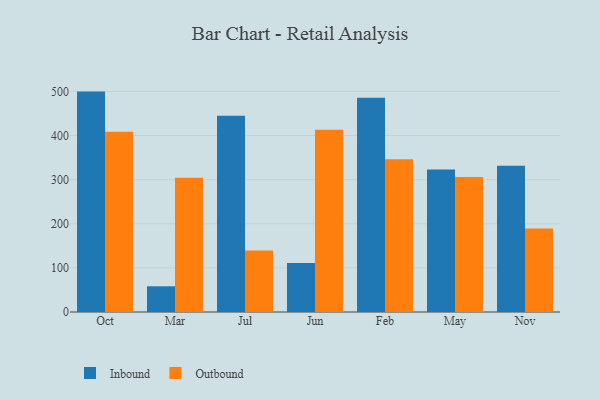
{"axis": {"x": "Month", "y": "Page Views"}, "legend": ["Inbound", "Outbound"], "data": [{"x": "Oct", "y": 499.7, "type": "Inbound"}, {"x": "Oct", "y": 408.7, "type": "Outbound"}, {"x": "Mar", "y": 58.3, "type": "Inbound"}, {"x": "Mar", "y": 304.1, "type": "Outbound"}, {"x": "Jul", "y": 444.8, "type": "Inbound"}, {"x": "Jul", "y": 139.2, "type": "Outbound"}, {"x": "Jun", "y": 111.2, "type": "Inbound"}, {"x": "Jun", "y": 413.4, "type": "Outbound"}, {"x": "Feb", "y": 485.8, "type": "Inbound"}, {"x": "Feb", "y": 346.6, "type": "Outbound"}, {"x": "May", "y": 323.0, "type": "Inbound"}, {"x": "May", "y": 306.0, "type": "Outbound"}, {"x": "Nov", "y": 331.7, "type": "Inbound"}, {"x": "Nov", "y": 189.1, "type": "Outbound"}]}